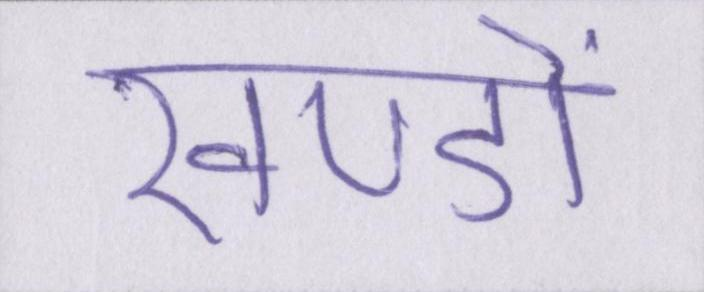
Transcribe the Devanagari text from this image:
खण्डों